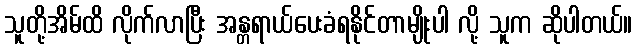
သူတို့အိမ်ထိ လိုက်လာပြီး အန္တရာယ်ပေးခံရနိုင်တာမျိုးပါ လို့ သူက ဆိုပါတယ်။